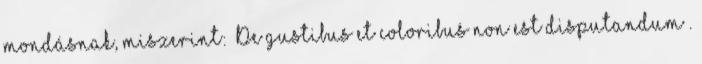
mondásnak, miszerint: „De gustibus et coloribus non est disputandum”.